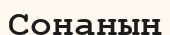
Сонаның